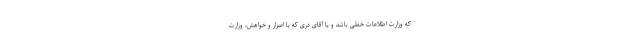
كه وزارت اطلاعات خطی باشد و یا آقاى درى كه با اصرار و خواهش، وزارت